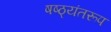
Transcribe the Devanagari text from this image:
षष्ठ्यंतरूप